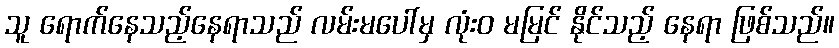
သူ ရောက်နေသည့်နေရာသည် လမ်းမပေါ်မှ လုံးဝ မမြင် နိုင်သည့် နေရာ ဖြစ်သည်။